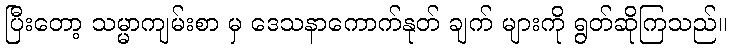
ပြီးတော့ သမ္မာကျမ်းစာ မှ ဒေသနာကောက်နုတ် ချက် များကို ရွတ်ဆိုကြသည်။